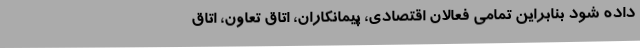
داده شود بنابراین تمامی فعالان اقتصادی، پیمانکاران، اتاق تعاون، اتاق